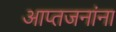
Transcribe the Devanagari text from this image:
आप्तजनांना